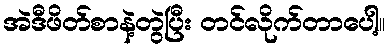
အဲဒီဖိတ်စာနဲ့တွဲပြီး တင်လိုက်တာပေါ့။